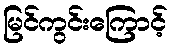
မြင်ကွင်းကြောင့်